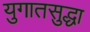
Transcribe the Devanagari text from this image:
युगातसुद्धा